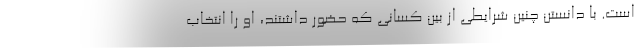
است. با دانستن چنین شرایطی از بین کسانی که حضور داشتند، او را انتخاب